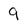
Character: 9